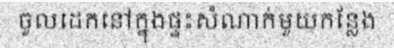
ចូលដេកនៅក្នុងផ្ទះសំណាក់មួយកន្លែង